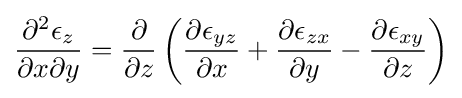
{\frac {\partial ^{2}\epsilon _{z}}{\partial x\partial y}}={\frac {\partial }{\partial z}}\left({\frac {\partial \epsilon _{yz}}{\partial x}}+{\frac {\partial \epsilon _{zx}}{\partial y}}-{\frac {\partial \epsilon _{xy}}{\partial z}}\right)